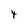
Character: 4